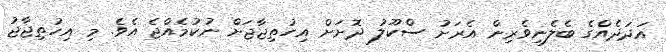
އަދަދެއްގެ ބެލެނިވެރިން އެރަށު ސްކޫލު ދޮށަށް އިހުތިޖާޖަށް ނުކުމެއްޖެ އެވެ. މި އިހުތިޖާޖު